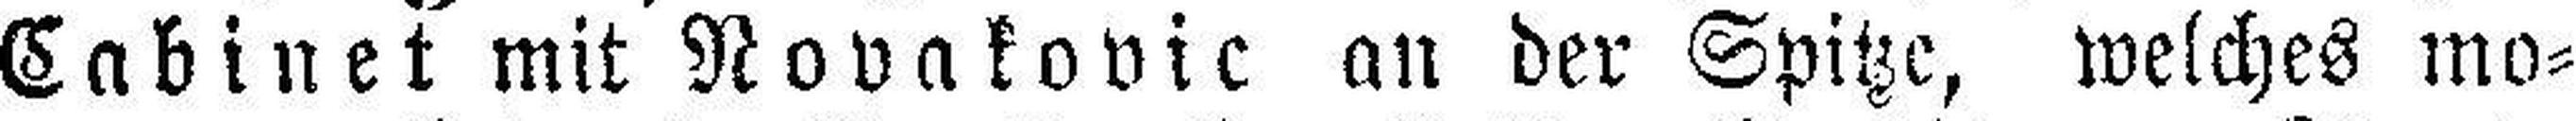
Cabinet mit Novakovic an der Spitze, welches mo¬